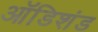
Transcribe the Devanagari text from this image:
ऑडिशंड